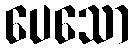
ပေသော